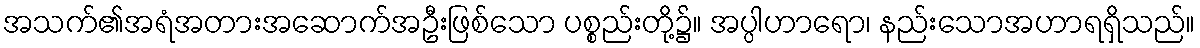
အသက်၏အရံအတားအဆောက်အဦးဖြစ်သော ပစ္စည်းတို့၌။ အပ္ပါဟာရော၊ နည်းသောအဟာရရှိသည်။